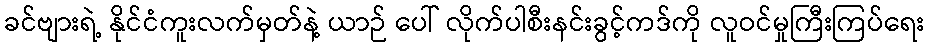
ခင်ဗျားရဲ့ နိုင်ငံကူးလက်မှတ်နဲ့ ယာဉ် ပေါ် လိုက်ပါစီးနင်းခွင့်ကဒ်ကို လူဝင်မှုကြီးကြပ်ရေး